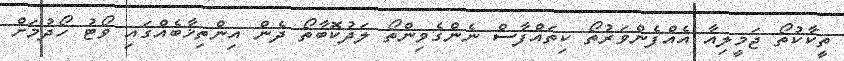
ތީކާކުތޯ ޖަމީލިއާ އެއްފެންވަރުތޯ ކިތައްފާސް ނެންގެވިންތޯ ލަދުކޮބާތޯ ދެން އިންތިޚާބެއްގައި ވޯޓު ހޯދުމަށް